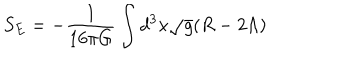
S _ { E } = - \frac { 1 } { 1 6 \pi G } \int d ^ { 3 } x \sqrt { g } ( R - 2 \Lambda )